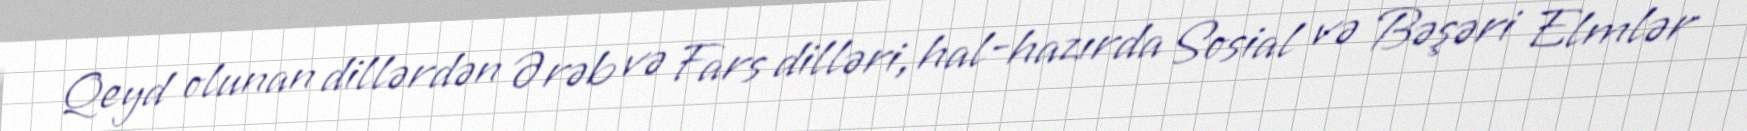
Qeyd olunan dillərdən Ərəb və Fars dilləri, hal-hazırda Sosial və Bəşəri Elmlər